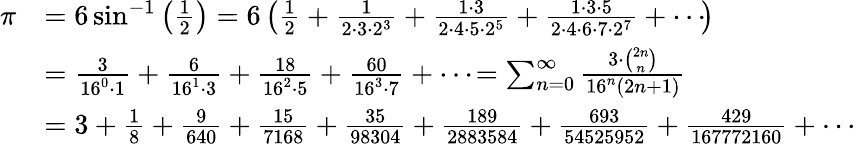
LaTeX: {\begin{array}{rl}{\pi}&{=6\sin^{-1}\left({\frac{1}{2}}\right)=6\left({\frac{1}{2}}+{\frac{1}{2\cdot 3\cdot 2^{3}}}+{\frac{1\cdot 3}{2\cdot 4\cdot 5\cdot 2^{5}}}+{\frac{1\cdot 3\cdot 5}{2\cdot 4\cdot 6\cdot 7\cdot 2^{7}}}+\cdots\! \right)}\\ &{={\frac{3}{16^{0}\cdot 1}}+{\frac{6}{16^{1}\cdot 3}}+{\frac{18}{16^{2}\cdot 5}}+{\frac{60}{16^{3}\cdot 7}}+\cdots\! =\sum_{n=0}^{\infty}{\frac{3\cdot{\binom{2n}{n}}}{16^{n}(2n+1)}}}\\ &{=3+{\frac{1}{8}}+{\frac{9}{640}}+{\frac{15}{7168}}+{\frac{35}{98304}}+{\frac{189}{2883584}}+{\frac{693}{54525952}}+{\frac{429}{167772160}}+\cdots}\end{array}}